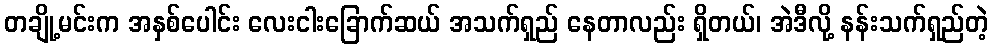
တချို့မင်းက အနှစ်ပေါင်း လေးငါးခြောက်ဆယ် အသက်ရှည် နေတာလည်း ရှိတယ်၊ အဲဒီလို့ နန်းသက်ရှည်တဲ့